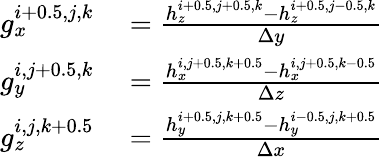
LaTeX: \begin{array}{rl}{g_{x}^{i+0.5,j,k}}&{{}=\frac{h_{z}^{i+0.5,j+0.5,k}-h_{z}^{i+0.5,j-0.5,k}}{\Delta y}}\\ {g_{y}^{i,j+0.5,k}}&{{}=\frac{h_{x}^{i,j+0.5,k+0.5}-h_{x}^{i,j+0.5,k-0.5}}{\Delta z}}\\ {g_{z}^{i,j,k+0.5}}&{{}=\frac{h_{y}^{i+0.5,j,k+0.5}-h_{y}^{i-0.5,j,k+0.5}}{\Delta x}}\end{array}